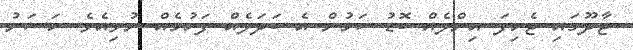
ޖާދޫގައި ޖެހިފަ އިންލެއް ބޮޑު ކަމުން އެ ބަދަލެއް ފަހުމެއް ނުވިއެވެ. ހަސަނު